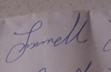
Signature authenticity: genuine